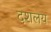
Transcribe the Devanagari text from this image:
दशलय